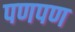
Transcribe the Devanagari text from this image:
पणपण